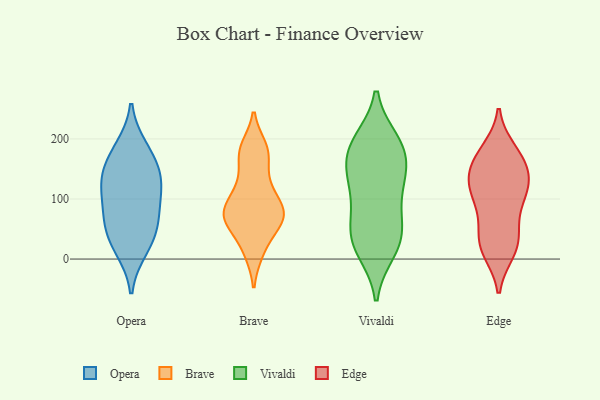
{"axis": {"x": "Inventory Turnover", "y": "Value"}, "legend": ["Brave", "Edge", "Opera", "Vivaldi"], "data": [{"x": "", "y": 174, "type": "Opera"}, {"x": "", "y": 78, "type": "Opera"}, {"x": "", "y": 110, "type": "Opera"}, {"x": "", "y": 142, "type": "Opera"}, {"x": "", "y": 52, "type": "Opera"}, {"x": "", "y": 29, "type": "Opera"}, {"x": "", "y": 184, "type": "Opera"}, {"x": "", "y": 131, "type": "Opera"}, {"x": "", "y": 69, "type": "Opera"}, {"x": "", "y": 17, "type": "Opera"}, {"x": "", "y": 130, "type": "Opera"}, {"x": "", "y": 55, "type": "Brave"}, {"x": "", "y": 62, "type": "Brave"}, {"x": "", "y": 73, "type": "Brave"}, {"x": "", "y": 108, "type": "Brave"}, {"x": "", "y": 129, "type": "Brave"}, {"x": "", "y": 176, "type": "Brave"}, {"x": "", "y": 12, "type": "Brave"}, {"x": "", "y": 179, "type": "Brave"}, {"x": "", "y": 185, "type": "Brave"}, {"x": "", "y": 86, "type": "Brave"}, {"x": "", "y": 12, "type": "Brave"}, {"x": "", "y": 128, "type": "Brave"}, {"x": "", "y": 66, "type": "Brave"}, {"x": "", "y": 83, "type": "Brave"}, {"x": "", "y": 55, "type": "Brave"}, {"x": "", "y": 85, "type": "Brave"}, {"x": "", "y": 77, "type": "Brave"}, {"x": "", "y": 178, "type": "Brave"}, {"x": "", "y": 31, "type": "Vivaldi"}, {"x": "", "y": 23, "type": "Vivaldi"}, {"x": "", "y": 15, "type": "Vivaldi"}, {"x": "", "y": 142, "type": "Vivaldi"}, {"x": "", "y": 117, "type": "Vivaldi"}, {"x": "", "y": 195, "type": "Vivaldi"}, {"x": "", "y": 48, "type": "Vivaldi"}, {"x": "", "y": 128, "type": "Vivaldi"}, {"x": "", "y": 84, "type": "Vivaldi"}, {"x": "", "y": 152, "type": "Vivaldi"}, {"x": "", "y": 183, "type": "Vivaldi"}, {"x": "", "y": 189, "type": "Vivaldi"}, {"x": "", "y": 186, "type": "Vivaldi"}, {"x": "", "y": 51, "type": "Vivaldi"}, {"x": "", "y": 146, "type": "Edge"}, {"x": "", "y": 57, "type": "Edge"}, {"x": "", "y": 130, "type": "Edge"}, {"x": "", "y": 102, "type": "Edge"}, {"x": "", "y": 123, "type": "Edge"}, {"x": "", "y": 47, "type": "Edge"}, {"x": "", "y": 167, "type": "Edge"}, {"x": "", "y": 19, "type": "Edge"}, {"x": "", "y": 26, "type": "Edge"}, {"x": "", "y": 117, "type": "Edge"}, {"x": "", "y": 179, "type": "Edge"}, {"x": "", "y": 159, "type": "Edge"}, {"x": "", "y": 145, "type": "Edge"}, {"x": "", "y": 19, "type": "Edge"}, {"x": "", "y": 96, "type": "Edge"}, {"x": "", "y": 181, "type": "Edge"}, {"x": "", "y": 105, "type": "Edge"}, {"x": "", "y": 13, "type": "Edge"}]}